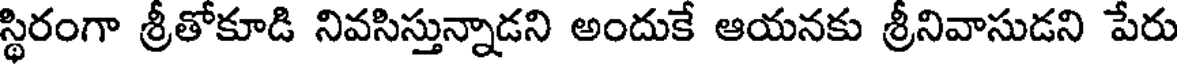
స్థిరంగా శ్రీతోకూడి నివసిస్తున్నాడని అందుకే ఆయనకు శ్రీనివాసుడని పేరు